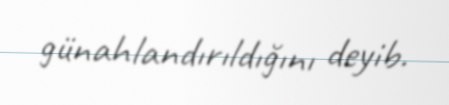
günahlandırıldığını deyib.